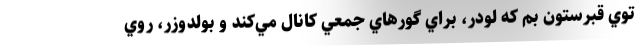
توي قبرستون بم كه لودر، براي گورهاي جمعي كانال مي‌كند و بولدوزر، روي